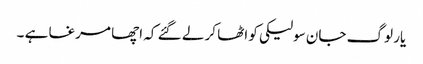
یار لوگ جان سولیکی کو اٹھا کر لے گئے کہ اچھا مرغا ہے ۔